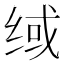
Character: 𰬟